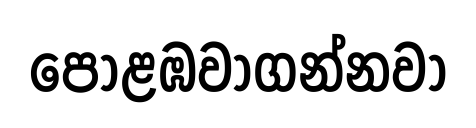
පොළඹවාගන්නවා